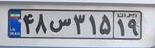
۴۸س۳۱۵۱۹